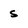
Character: S